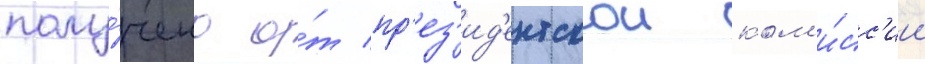
полу́чено о́т пр'ез'ид'ентскои ком'и́сс'ии